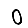
Digit: 0